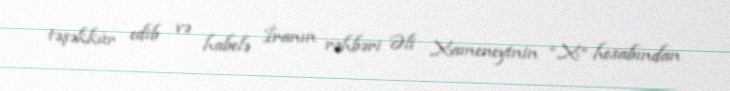
təşəkkür edib və habelə İranın rəhbəri Əli Xameneyinin “X” hesabından